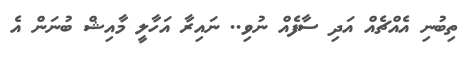
ތިބުނި އެއްޗެއް އަދި ސާފެއް ނުވި.. ނައިރާ އަހާލީ މާއިޝް ބުނަން އެ